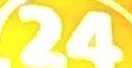
24